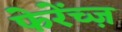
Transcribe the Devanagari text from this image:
फेरेंच्ज़